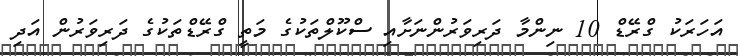
އަހަރަކު ގްރޭޑް 10 ނިންމާ ދަރިވަރުންނަށާއި ސްކޫލްތަކުގެ މަތީ ގްރޭޑްތަކުގެ ދަރިވަރުން އަދި